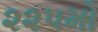
૨૨૫મો